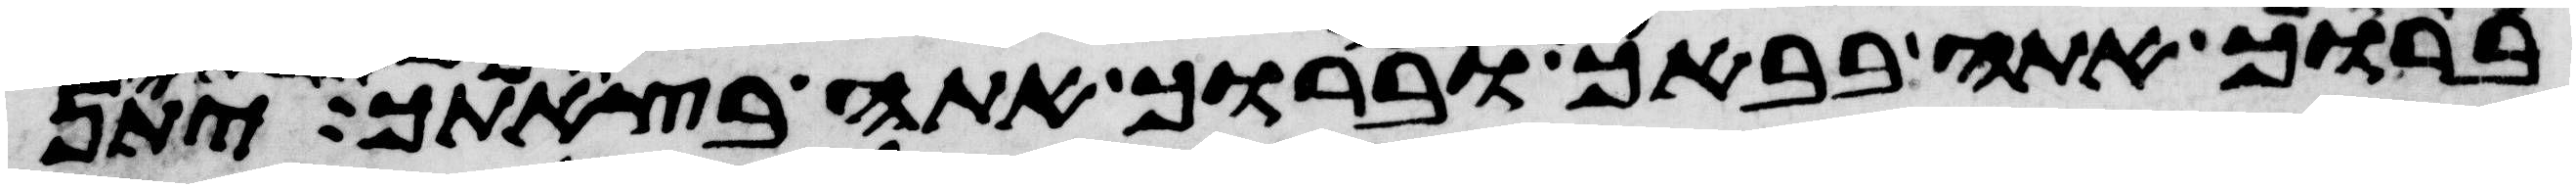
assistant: ברוך אתה בבאך וברוך אתה בצאתך יתן